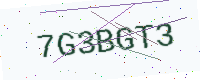
Text: 7G3BGT3